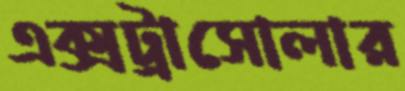
এক্সট্রাসোলার